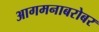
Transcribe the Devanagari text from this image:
आगमनाबरोबर